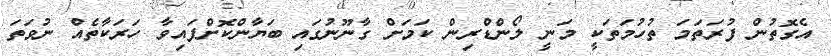
އެގޮތުން ފުރަތަމަ ތުހުމަތަކީ މަނީ ލޯންޑްރިން ކަމަށް ގާނޫނުގައި ބަޔާންކޮށްފައިވާ ހަރަކާތެއް ނުވަތަ